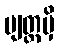
ဗျတ္တမှိ